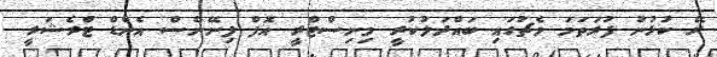
ރޭ ކުޅުނު ފުރަތަމަ މެޗުގައި ބައްދަލުކުރީ މިނިސްޓްރީ އޮފް ފިނޭންސް އެންޑް ޓްރެޝަރީ